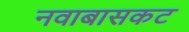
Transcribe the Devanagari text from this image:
नवाबासकट